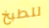
للطبخ